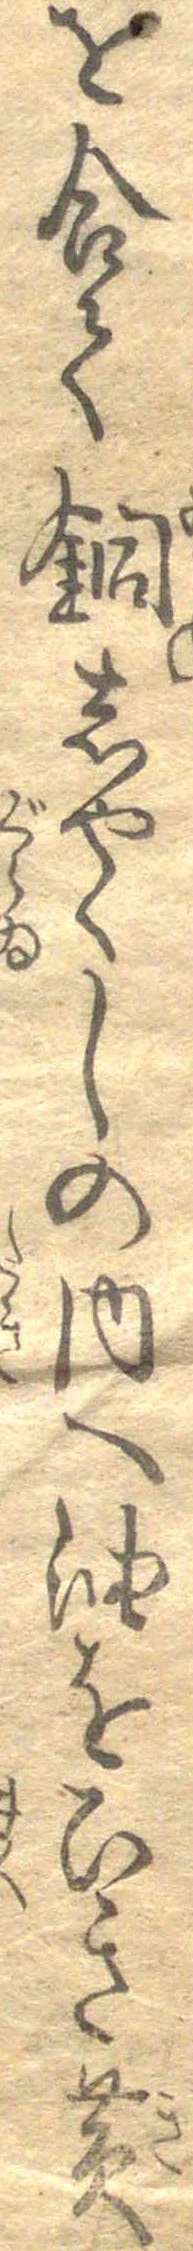
を合て銅しやくしの内へ油をひき黄